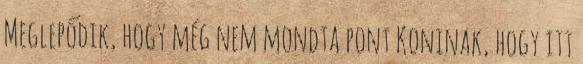
Meglepődik, hogy még nem mondta pont Koninak, hogy itt